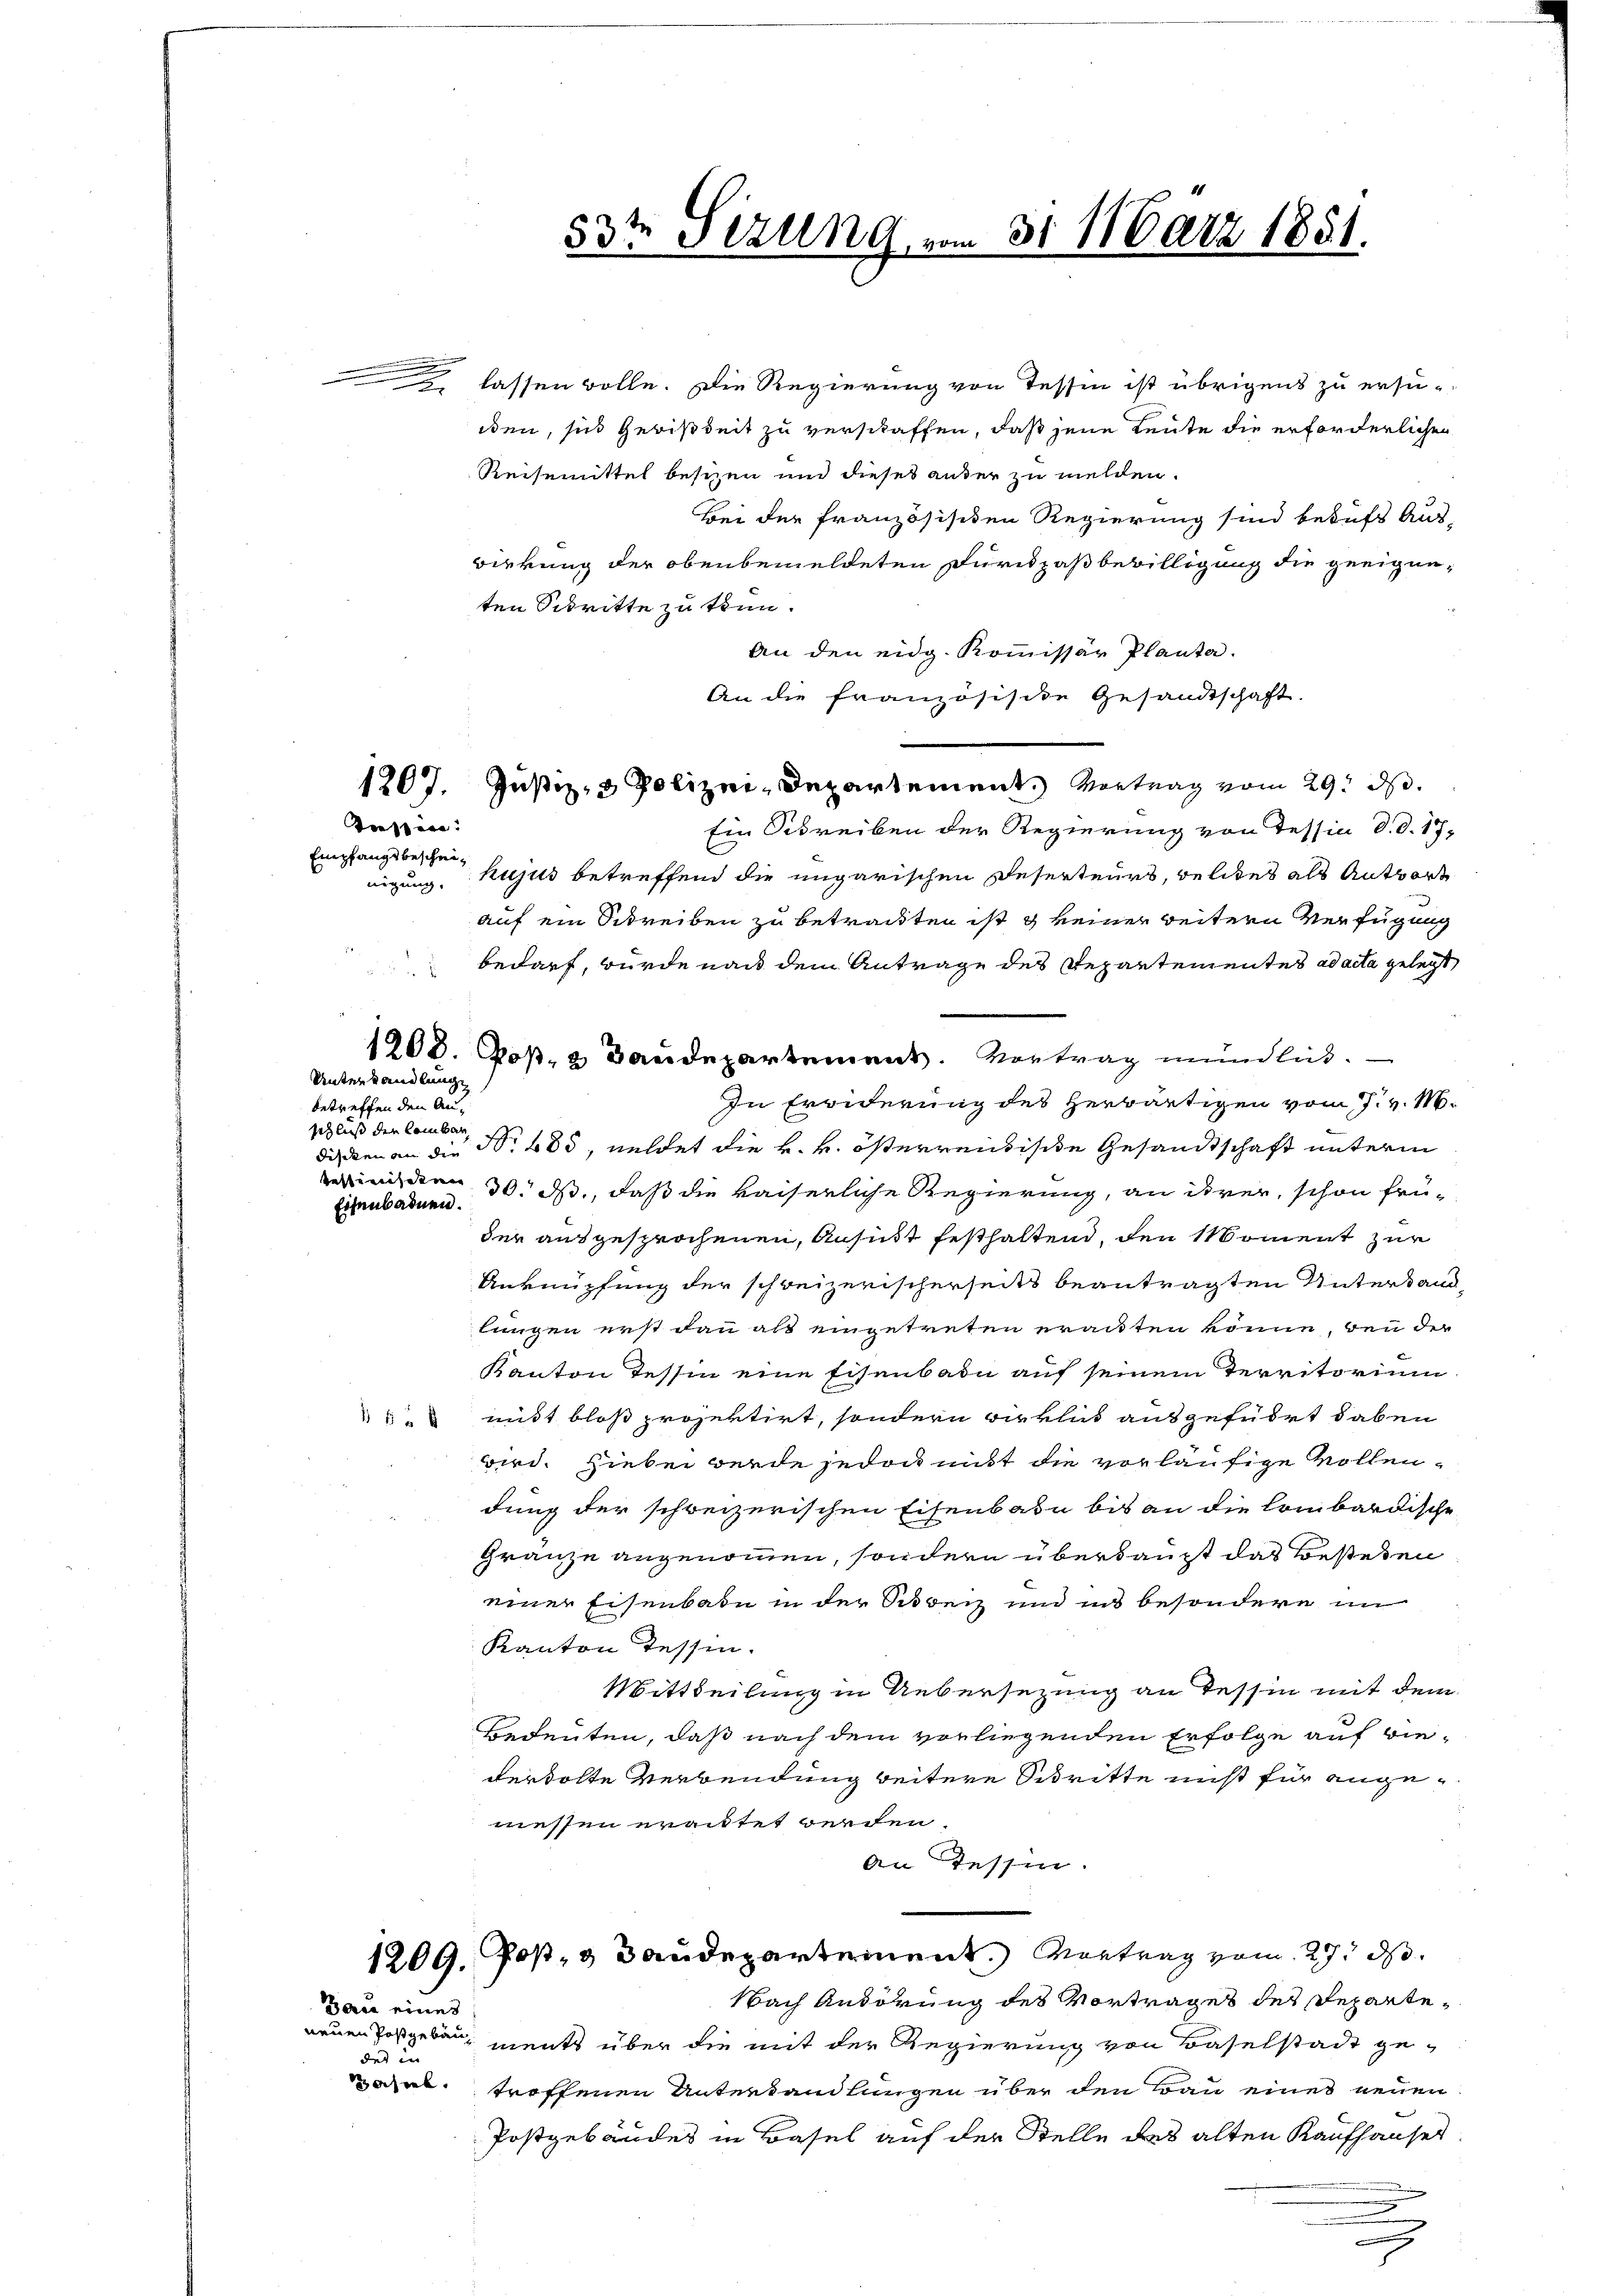
lassen wolle. Die Regierung von Tessin ist übrigens zu ersu-
iden, sich Gewißheit zu verschaffen, daß jene Leute die erforderlichen
Reisemittel besizen und dieses ander zu melden.
Bei der französischen Regierung sind beaufs Aus-
wirrung der obenbemeldeten Furckpaß bewilligung die geeigneten Schritte zu tun.
An den eidg. Kommissär Planta.
An die französische Gesandtschaft.
Ein Schreiben der Regierung von Tessin d. d. 17
nigung. hujus betreffend die ungarischen Deserteurs, welches als Antwort
auf ein Schreiben zu betrackten ist & keiner weitern Verfügung
bedarf, wurde nach dem Antrage des Repartementes ad acta gelegt,
E
1208. Jos. 2 Bandepartement. Vortrag mündlich.
In Erwiderung des herwärtigen vom 7. v. M.
dischen an die Nr. 685, weldet die k. k. österrentische Gesandtschaft unterm
einden 30. ds., daß die kaiserliche Regierung, an ihrer, schon früder ausgesprochenen, Ansucht festhaltend, den Moment zur
Anknüpfung der schweizerischerseits beantragten Untertand-
lungen erst dann als eingetreten erackten könne, den der
Kanton Tessin eine Eisenbade auf seinem Territorium
 & mit bloß projektirt, sondern wirklich ausgeführt dabei
wird. Hiebei werde jedoch mit die vorläufige vollendung der schweizerischen Eisenbahn bis an die Lombardische
Gränze angenommen, sondern überhaupt das Bestehen
einer Eisenbahn in der Schreiz und ins besondere im
Kanton dessen.
Mittheilung in Uebersezung an Tessin mit dem
Bedeuten, daß nach dem vorliegenden Erfolge auf wiederholte Verwendung weitere Schritte nicht für angemessen erachtet werden.
An Tessin.
1209. Post- & Baudepartement. Vortrag vom 27. ds.
Nach Andörung des Vortrages des Reparte¬
Bau eines
neuen Postgeben, ments über die mit der Regierung von Baselstadt gedes in
zochen troffenen Unterhandlungen über den Frau eines neuen
Postgebäudes in Basel auf der Stelle des alten Kaufhauses
g

e

Teestöre
Empfangsbeschei¬

Unterhandlung
betreffen den Anschluß der Lombar

Eisenbadnen.

.
do. Stzung vom 31. März 1851.

1207. Justiz- & Polizei-Departement. Vortrag vom 29. ds.